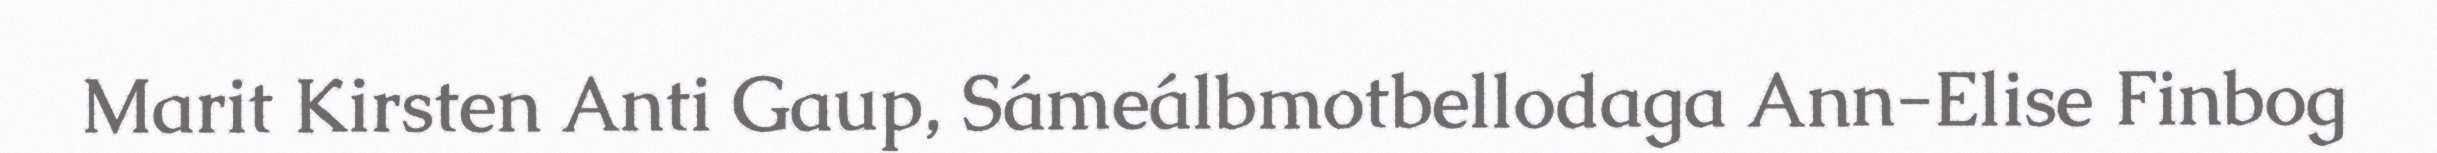
Marit Kirsten Anti Gaup, Sámeálbmotbellodaga Ann-Elise Finbog